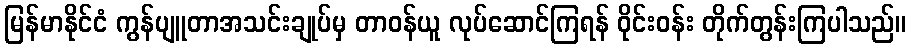
မြန်မာနိုင်ငံ ကွန်ပျူတာအသင်းချုပ်မှ တာဝန်ယူ လုပ်ဆောင်ကြရန် ဝိုင်းဝန်း တိုက်တွန်းကြပါသည်။